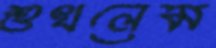
শুখলেম